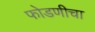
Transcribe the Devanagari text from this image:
फोडणीचा